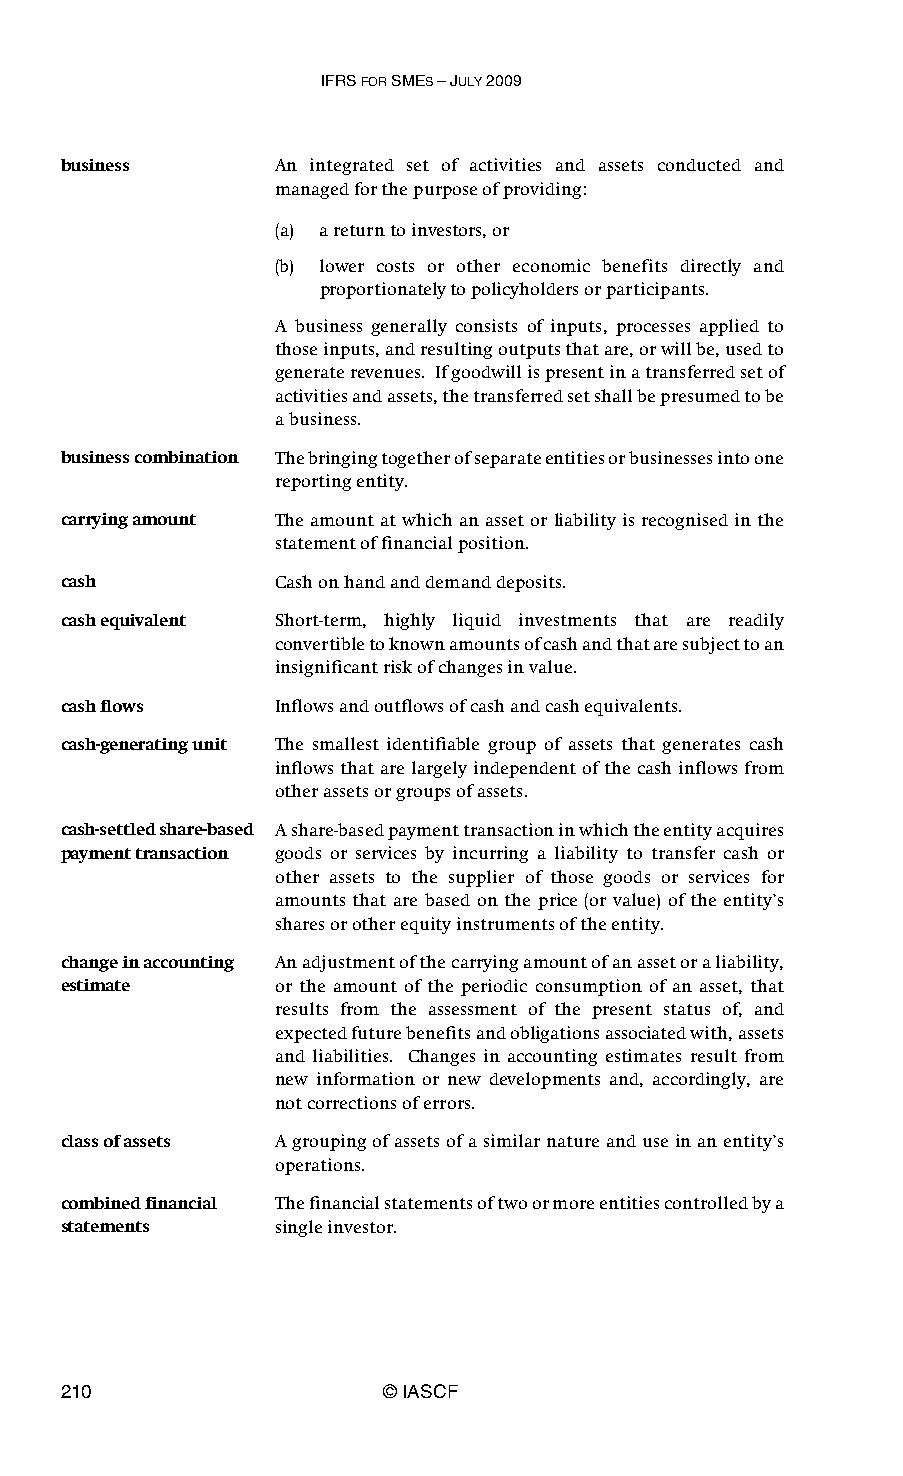
IFRS FOR SMES – JULY 2009
 business      An integrated set of activities and assets conducted and
 managed for the purpose of providing:
 (a) a return to investors, or
 (b) lower costs or other economic benefits directly and
 proportionately to policyholders or participants.
 A business generally consists of inputs, processes applied to
 those inputs, and resulting outputs that are, or will be, used to
 generate revenues. If goodwill is present in a transferred set of
 activities and assets, the transferred set shall be presumed to be
 a business.
 business combination The bringing together of separate entities or businesses into one
 reporting entity.
 carrying amount The amount at which an asset or liability is recognised in the
 statement of financial position.
 cash          Cash on hand and demand deposits.
 cash equivalent Short-term, highly liquid investments that are readily
 convertible to known amounts of cash and that are subject to an
 insignificant risk of changes in value.
 cash flows    Inflows and outflows of cash and cash equivalents.
 cash-generating unit The smallest identifiable group of assets that generates cash
 inflows that are largely independent of the cash inflows from
 other assets or groups of assets.
 cash-settled share-based A share-based payment transaction in which the entity acquires
 payment transaction goods or services by incurring a liability to transfer cash or
 other assets to the supplier of those goods or services for
 amounts that are based on the price (or value) of the entity’s
 shares or other equity instruments of the entity.
 change in accounting An adjustment of the carrying amount of an asset or a liability,
 estimate      or the amount of the periodic consumption of an asset, that
 results from the assessment of the present status of, and
 expected future benefits and obligations associated with, assets
 and liabilities. Changes in accounting estimates result from
 new information or new developments and, accordingly, are
 not corrections of errors.
 class of assets A grouping of assets of a similar nature and use in an entity’s
 operations.
 combined financial The financial statements of two or more entities controlled by a
 statements    single investor.
 210                   © IASCF